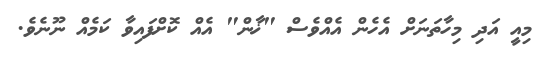
މިއީ އަދި މިހާތަނަށް އެހެން އެއްވެސް "ޚާން" އެއް ކޮށްފައިވާ ކަމެއް ނޫނެވެ.